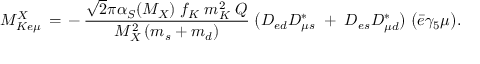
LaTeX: { \cal M } _ { K e \mu } ^ { X } \, = \, - \, \frac { \sqrt 2 \pi \alpha _ { S } ( M _ { X } ) \; f _ { K } \; m _ { K } ^ { 2 } \; Q } { M _ { X } ^ { 2 } \, ( m _ { s } + m _ { d } ) } \; \big ( { \cal D } _ { e d } { \cal D } _ { \mu s } ^ { * } \; + \; { \cal D } _ { e s } { \cal D } _ { \mu d } ^ { * } \big ) \; \big ( \bar { e } \gamma _ { 5 } \mu \big ) .